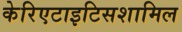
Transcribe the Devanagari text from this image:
केरिएटाइटिसशामिल